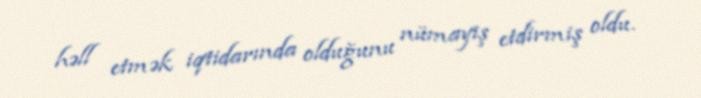
həll etmək iqtidarında olduğunu nümayiş etdirmiş oldu.